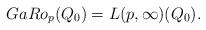
LaTeX: \begin{align*}GaRo_{p}(Q_{0})=L(p,\infty)(Q_{0}). \end{align*}